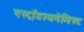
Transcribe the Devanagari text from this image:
एस्ट्राॅडायनेमिस्ट